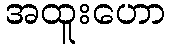
အထူးဟော